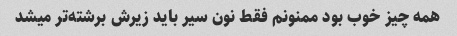
همه چیز خوب بود ممنونم فقط نون سیر باید زیرش برشته‌تر میشد